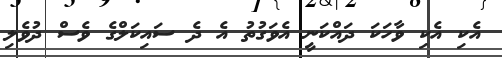
އެކި އެކި ވާހަކަ ދައްކަނީ އެވަގުތު އެ ދެ ސައިކަލްގެ ވެސް ދުވެލި